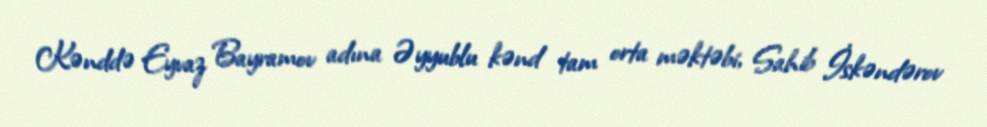
Kənddə Eyvaz Bayramov adına Əyyublu kənd tam orta məktəbi, Sahib İskəndərov